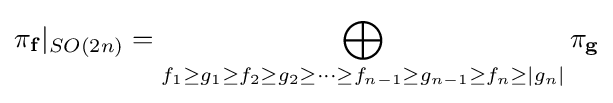
\pi _{\mathbf {f} }|_{SO(2n)}=\bigoplus _{f_{1}\geq g_{1}\geq f_{2}\geq g_{2}\geq \cdots \geq f_{n-1}\geq g_{n-1}\geq f_{n}\geq |g_{n}|}\pi _{\mathbf {g} }